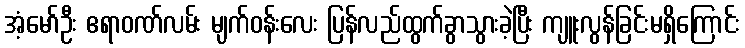
အံ့မော်ဦး ဧရာဝဏ်လမ်း မျက်ဝန်းလေး ပြန်လည်ထွက်ခွာသွားခဲ့ပြီး ကျူးလွန်ခြင်းမရှိကြောင်း